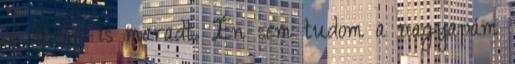
S abban is maradt. Én sem tudom a nagyapám